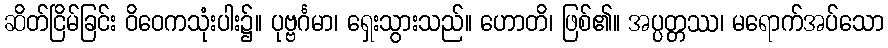
ဆိတ်ငြိမ်ခြင်း ဝိဝေကသုံးပါး၌။ ပုဗ္ဗင်္ဂမာ၊ ရှေးသွားသည်။ ဟောတိ၊ ဖြစ်၏။ အပ္ပတ္တဿ၊ မရောက်အပ်သော